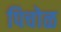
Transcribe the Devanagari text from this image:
पिचोळ